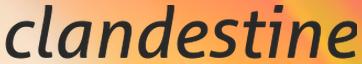
clandestine